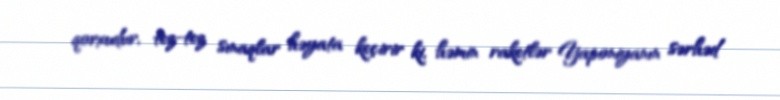
qorxudur, tez-tez sınaqlar həyata keçirir ki, həmin raketlər Yaponiyanın sərhəd